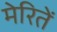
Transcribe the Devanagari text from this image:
मेरितें